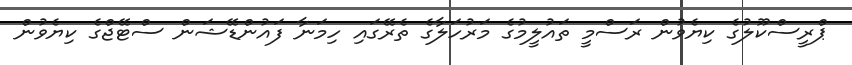
ޕްރީސްކޫލުގެ ކިޔެވުން ރަސްމީ ތައުލީމުގެ މަރުހަލާގެ ތެރޭގައި ހިމަނާ ފައުންޑޭޝަން ސްޓޭޖްގެ ކިޔެވުން